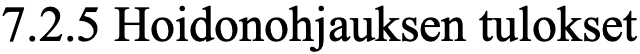
7.2.5 Hoidonohjauksen tulokset